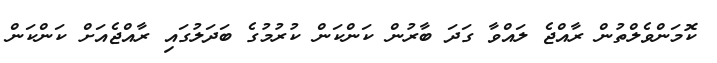
ކޮމަންވެެލްތުން ރާއްޖެ ލައްވާ ގަދަ ބާރުން ކަންކަން ކުރުމުގެ ބަދަލުގައި ރާއްޖެއަށް ކަންކަން